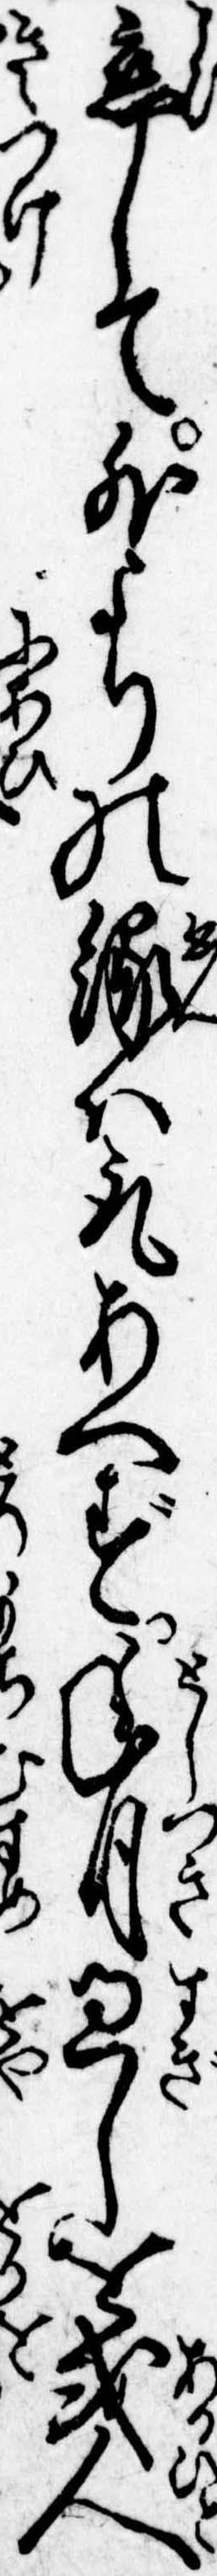
恋して外よりの縁は取あへず年月過しを或人